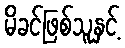
မိခင်ဖြစ်သူနှင့်